Burma Government Medical School reports 1907-22
Year: 1907
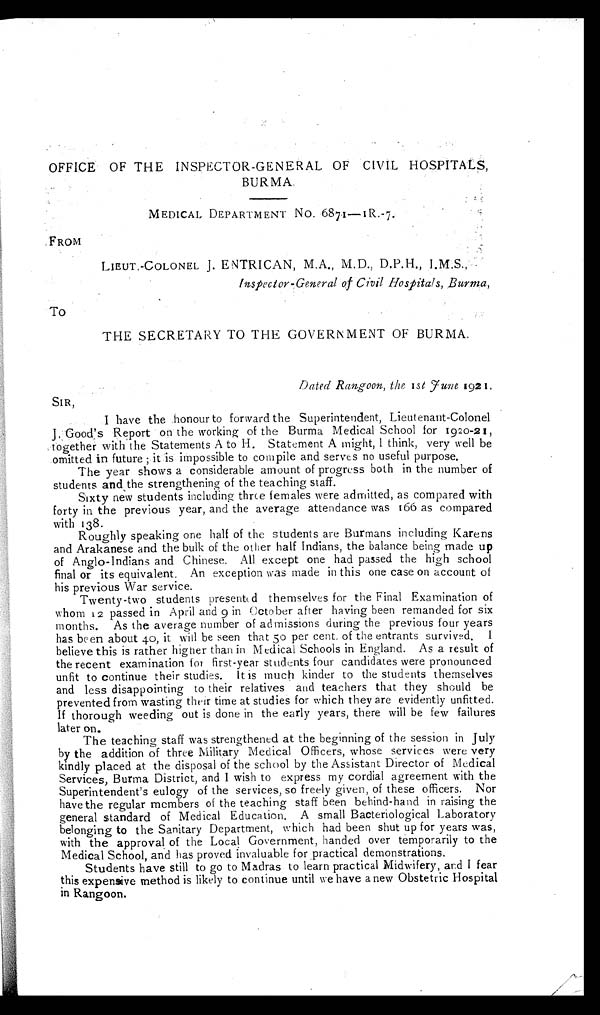
OFFICE OF THE INSPECTOR-GENERAL OF CIVIL HOSPITALS,
BURMA.
MEDICAL DEPARTMENT No. 6871.—IR.-7.
FROM
LIEUT.-COLONEL. J. ENTRICAN, M.A., M. D., D.P.H., I.M.S.,
Inspector-General of Civil Hospitals, Burma,
To
THE SECRETARY TO THE GOVERNMENT OF BURMA.
Dated Rangoon, the 1st June 1921.
SIR,
I have the honour to forward the Superintendent, Lieutenant-Colonel
J. Good's Report on the working of the Burma Medical School for 1920-21,
together with the Statements A to H. Statement A might, I think, very well be
.omitted in future; it is impossible to compile and serves no useful purpose.
The year shows a considerable amount of progress both in the number of
students and the strengthening of the teaching staff.
Sixty new students including three females were admitted, as compared with
forty in the previous year, and the average attendance was 166 as compared
with 138.
Roughly speaking one half of the students are Burmans including Karens
and Arakanese and the bulk of the other half Indians, the balance being made up
of Anglo-Indians and Chinese. All except one had passed the high school
final or its equivalent. An exception was made in this one case on account of
his previous War service.
Twenty-two students presented themselves for the Final Examination of
whom 12 passed in April and 9 in October after having been remanded for six
m onths. As the average number of admissions during the previous four years
has been about 40, it will be seen that 50 per cent, of the entrants surviv e d.
I b e l i e v e t h i s i s r a t h e r h i g h e r t h a n i n M e d i c a l S c h o o l s i n E n g l a n d . A s a r e s u l t o f
the recent examination for First-year students four candidates were pronounced
unfit to continue their studies. It is much kinder to the students themselves
and less disappointing to their relatives and teachers that they should be
prevented from wasting their time at studies for which they are evidently unfitted.
If thorough weeding out is done in the early years, there will be few failures
later on.
The teaching staff was strengthened at the beginning of the session in July
by the addition of three Military Medical Officers, whose services were very
kindly placed at the disposal of the school by the Assistant Director of Medical
Services, Burma District, and I wish to express my cordial agreement with the
Superintendent's eulogy of the services, so freely given, of these officers. Nor
have the regular members of the teaching staff been behind-hand in raising the
general standard of Medical Education. A small Bacteriological Laboratory
belonging to the Sanitary Department, which had been shut up for years was,
with the approval of the Local Government, handed over temporarily to the
Medical School, and has proved invaluable for practical demonstrations.
Students have still to go to Madras to learn practical Midwifery, and I fear
this expensive method is likely to continue until we have a new Obstetric Hospital
in Rangoon.